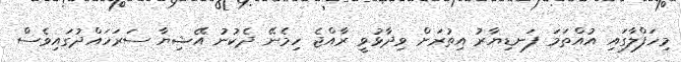
މިހަފްލާގައި އުއްތަމަ ފަނޑިޔާރު އިތުރަށް ވިދާޅުވީ ރާއްޖެ ހިމެނޭ ދެކުނު އޭޝިޔާ ސަރަހައްދުގައިވެސް